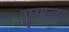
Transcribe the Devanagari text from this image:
गुणत्ता